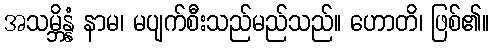
အသမ္ဘိန္နံ နာမ၊ မပျက်စီးသည်မည်သည်။ ဟောတိ၊ ဖြစ်၏။